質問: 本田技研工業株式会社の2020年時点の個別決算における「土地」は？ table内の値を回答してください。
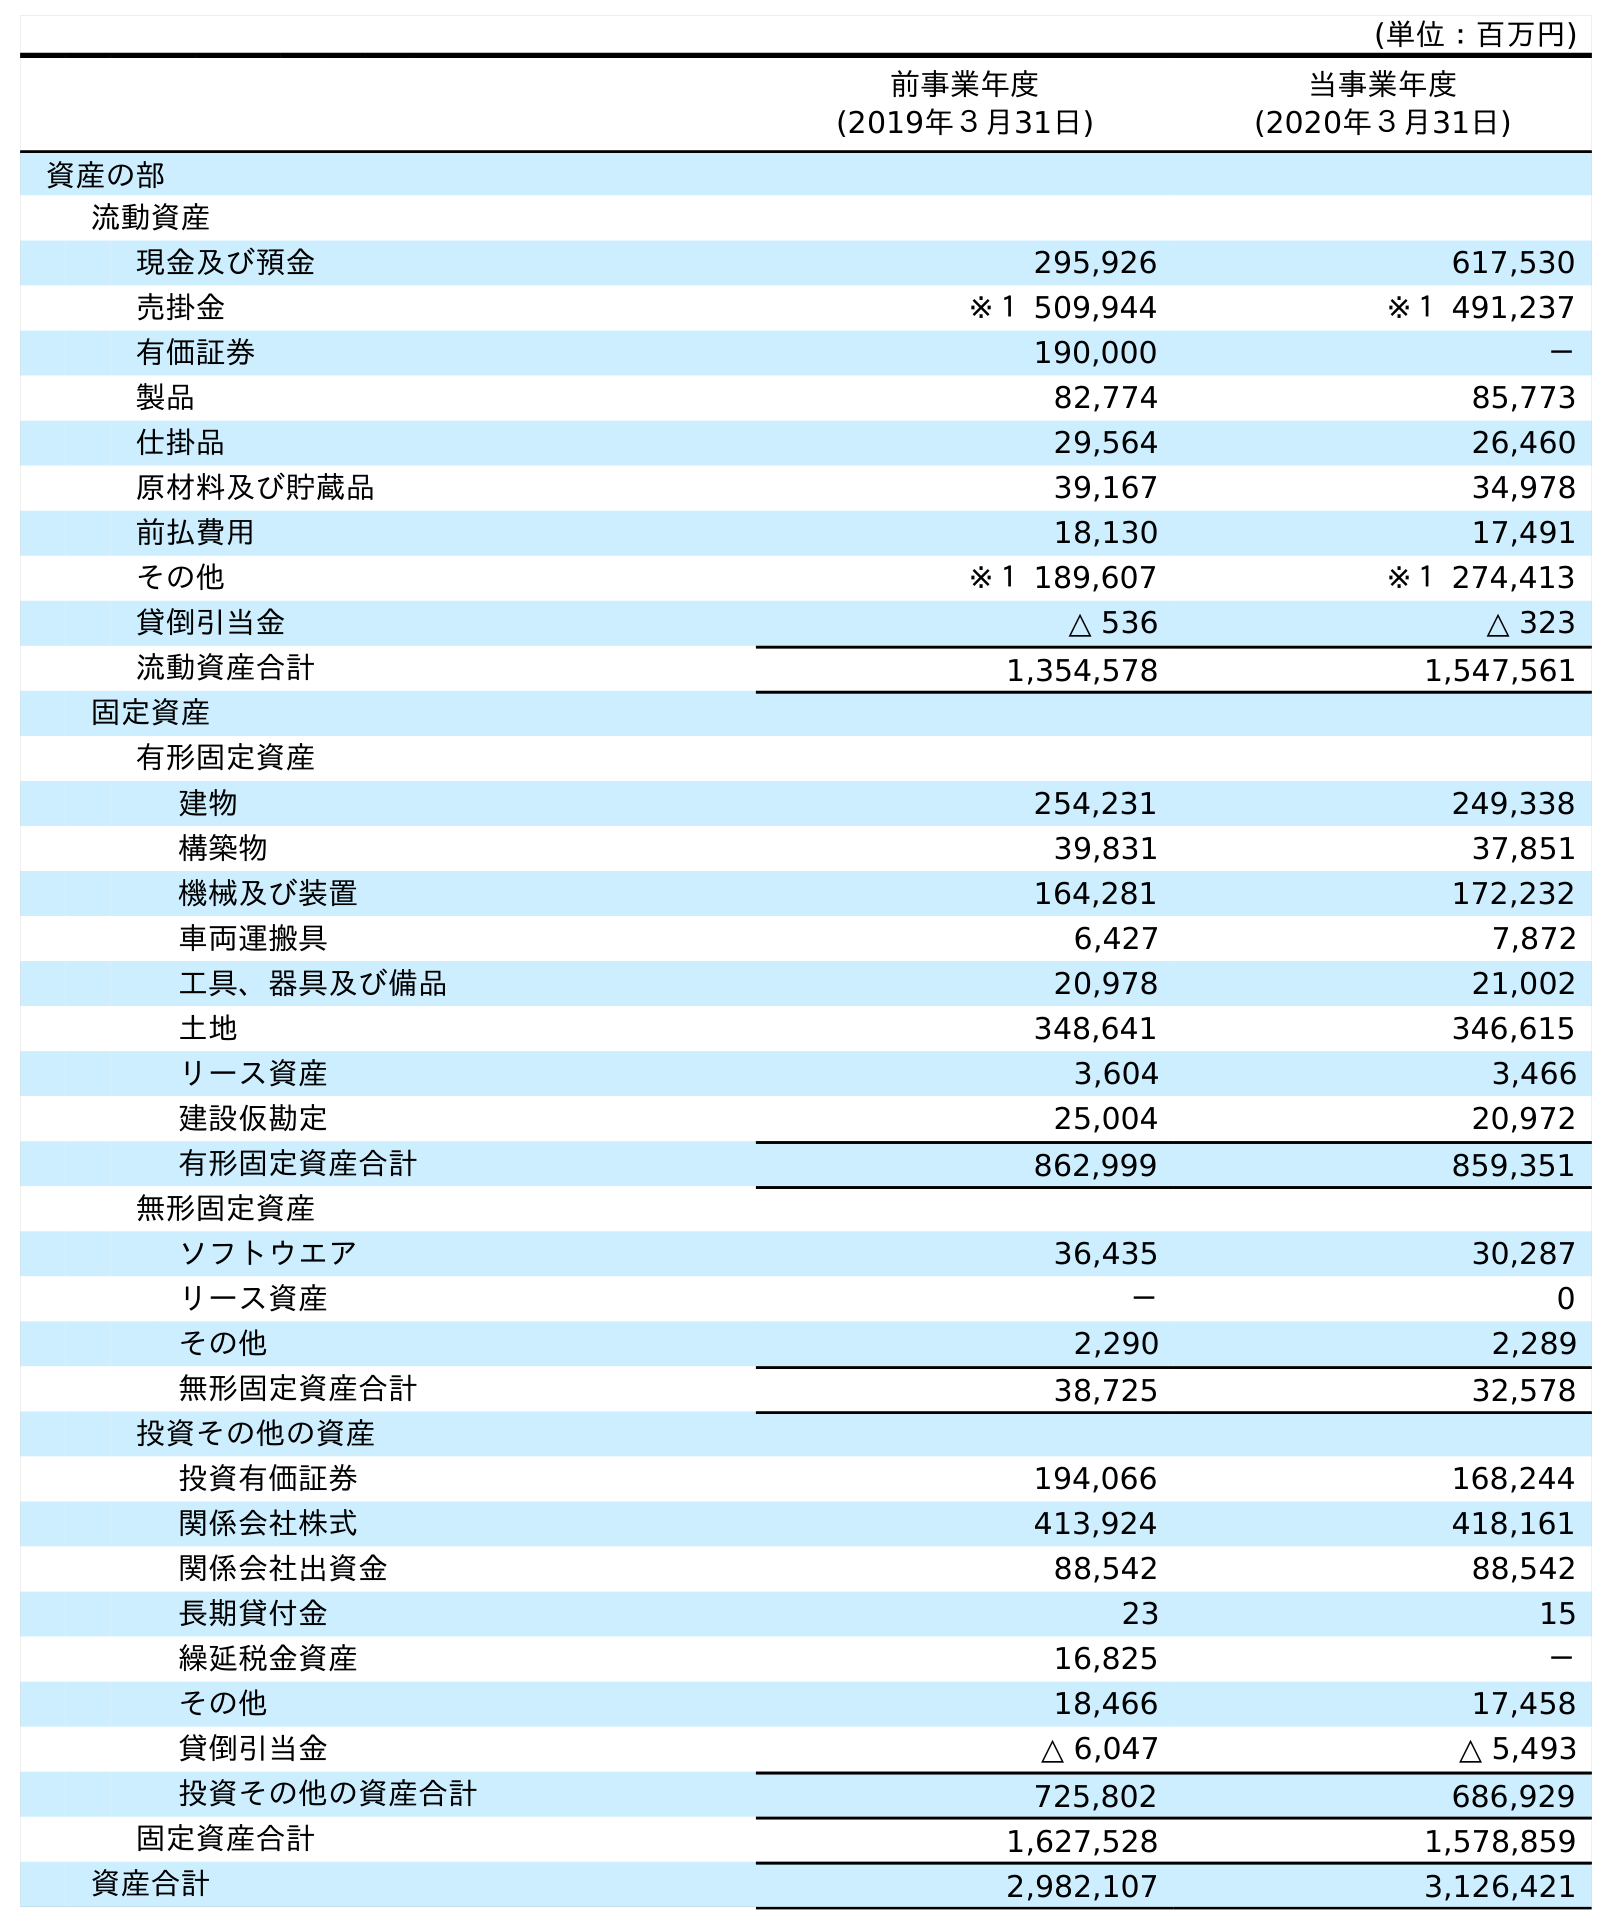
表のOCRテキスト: (単位：百万円) 前事業年度 (2019年３月31日) 当事業年度 (2020年３月31日) 資産の部 流動資産 現金及び預金 295,926 617,530 売掛金 ※１ 509,944 ※１ 491,237 有価証券 190,000 － 製品 82,774 85,773 仕掛品 29,564 26,460 原材料及び貯蔵品 39,167 34,978 前払費用 18,130 17,491 その他 ※１ 189,607 ※１ 274,413 貸倒引当金 △ 536 △ 323 流動資産合計 1,354,578 1,547,561 固定資産 有形固定資産 建物 254,231 249,338 構築物 39,831 37,851 機械及び装置 164,281 172,232 車両運搬具 6,427 7,872 工具、器具及び備品 20,978 21,002 土地 348,641 346,615 リース資産 3,604 3,466 建設仮勘定 25,004 20,972 有形固定資産合計 862,999 859,351 無形固定資産 ソフトウエア 36,435 30,287 リース資産 － 0 その他 2,290 2,289 無形固定資産合計 38,725 32,578 投資その他の資産 投資有価証券 194,066 168,244 関係会社株式 413,924 418,161 関係会社出資金 88,542 88,542 長期貸付金 23 15 繰延税金資産 16,825 － その他 18,466 17,458 貸倒引当金 △ 6,047 △ 5,493 投資その他の資産合計 725,802 686,929 固定資産合計 1,627,528 1,578,859 資産合計 2,982,107 3,126,421
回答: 346,615